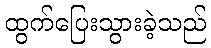
ထွက်ပြေးသွားခဲ့သည်